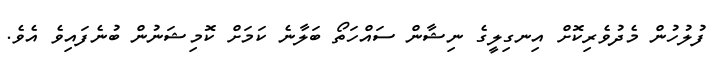
ފުލުހުން މެދުވެރިކޮށް އިނގިލީގެ ނިޝާން ސައްހަތޯ ބަލާނެ ކަމަށް ކޮމިޝަނުން ބުނެފައިވެ އެވެ.